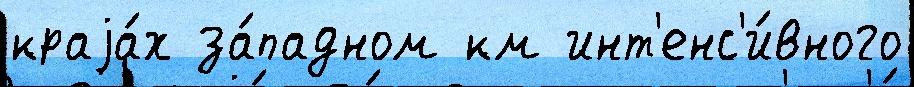
краjа́х за́падном км инт'енс'и́вного